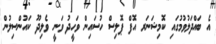
އެ ބައްދަލުވުމުގައި ކޮމިޝަނަރ އޮފް ޕޮލިސް ހުސައިން ވަހީދު ވަނީ ވެލިދޫ ކައުންސިލުން